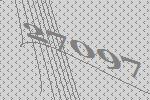
27097